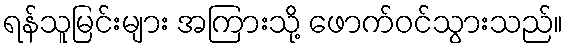
ရန်သူမြင်းများ အကြားသို့ ဖောက်ဝင်သွားသည်။